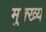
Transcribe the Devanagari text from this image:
मुक्ख्य